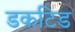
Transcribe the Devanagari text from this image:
डकटिड